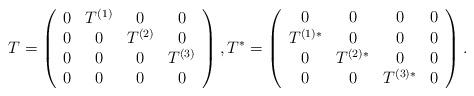
LaTeX: \begin{align*}T = \left(\begin{array}{cccc}0 & T^{(1)} & 0 & 0\\0 & 0 & T^{(2)} & 0\\0 & 0 & 0 & T^{(3)}\\0 & 0 & 0 & 0\end{array}\right),T^* = \left(\begin{array}{cccc}0 & 0 & 0 & 0\\T^{(1)*} & 0 & 0 & 0\\0 & T^{(2)*} & 0 & 0\\0 & 0 & T^{(3)*} & 0\end{array}\right).\end{align*}